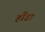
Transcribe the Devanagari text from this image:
हौंडा